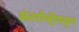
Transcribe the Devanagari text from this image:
अंतर्राष्ट्रीयकृत